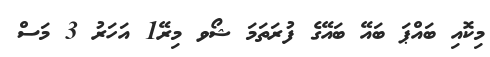
މިކޮއި ބައްޕަ ބައޭ ބައޭގެ ފުރަތަމަ ޝޯވ މިރޭ1 އަހަރު 3 މަސް